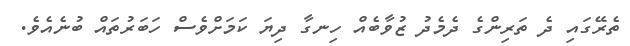
ތެރޭގައި ދެ ތަރިންގެ ދެމެދު ޒުވާބެއް ހިނގާ ދިޔަ ކަމަށްވެސް ހަބަރުތައް ބުނެއެވެ.